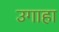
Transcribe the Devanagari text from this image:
उगाहा